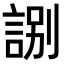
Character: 𧧸